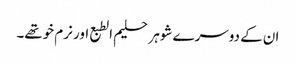
ان کے دوسرے شوہر حلیم الطبع اور نرم خوتھے۔